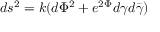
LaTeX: d s ^ { 2 } = k ( d { \Phi } ^ { 2 } + e ^ { 2 { \Phi } } { d { \gamma } } { d { \bar { \gamma } } } )